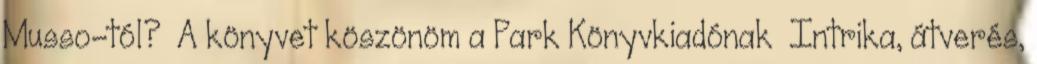
Musso-tól? A könyvet köszönöm a Park Könyvkiadónak Intrika, átverés,